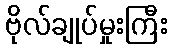
ဗိုလ်ချုပ်မှုးကြီး